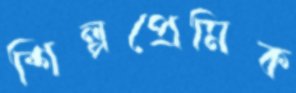
শিল্পপ্রেমিক